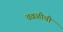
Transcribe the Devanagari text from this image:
चवळीची